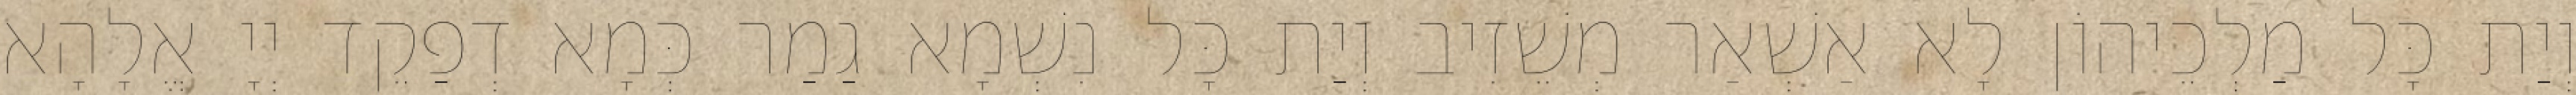
וְיַת כָּל מַלְכֵיהוֹן לָא אַשְׁאַר מְשֵׁזִיב וְיַת כָּל נִשְׁמָא גַמַר כְּמָא דְפַקֵד יְיָ אֱלָהָא